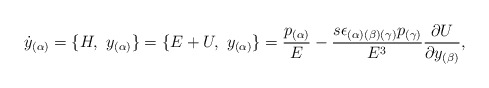
\begin{align*}{\dot { y}}_{(\alpha)} =\{H,\ { y}_{(\alpha)}\} =\{E+U,\ { y}_{(\alpha)}\}= {p_{(\alpha)} \over E}-{{s \epsilon_{(\alpha)(\beta)(\gamma)}p_{(\gamma)}} \over E^3}{{\partial U} \over {\partial { y}_{(\beta)}}} ,\end{align*}